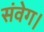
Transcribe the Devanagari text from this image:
संवेग।